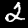
Digit: 2